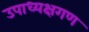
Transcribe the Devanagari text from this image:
उपाध्यक्षगण